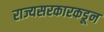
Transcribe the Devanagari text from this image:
राज्यसरकारकडून